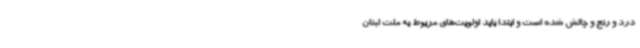
درد و رنج و چالش شده است و ابتدا باید اولویت‌های مربوط به ملت لبنان